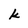
Character: k